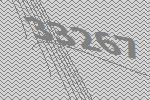
33267